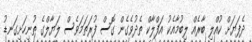
ދެފަޔަށް ކުއްލި ބާރެއް ލިބުމާއެކު އަފްލާކް ތެދުވެގެން ގޮސް ފުރަތަމަވެސް ލަޔާލްގެ ތުނިހަށިގަނޑު